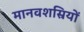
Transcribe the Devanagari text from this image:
मानवशस्रियों